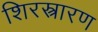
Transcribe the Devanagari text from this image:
शिरस्त्रारण